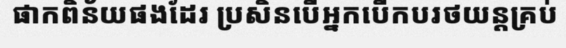
ផាកពិន័យផងដែរ ប្រសិនបើអ្នកបើកបរថយន្តគ្រប់